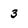
Character: 3